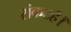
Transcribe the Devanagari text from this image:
संकटहै।